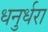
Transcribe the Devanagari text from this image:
धनुर्धरा